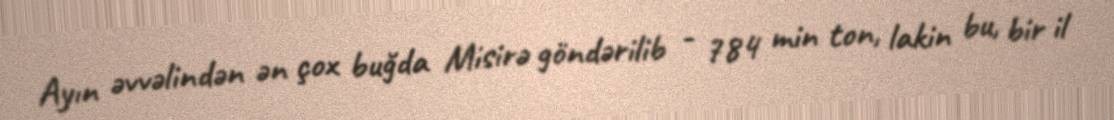
Ayın əvvəlindən ən çox buğda Misirə göndərilib - 784 min ton, lakin bu, bir il